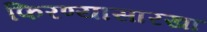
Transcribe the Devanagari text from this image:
फिरण्यासारखा